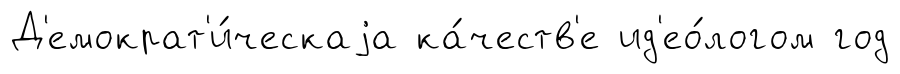
Д'емократ'и́ческаjа ка́честв'е ид'ео́логом год